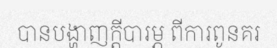
បានបង្ហាញក្តីបារម្ភ ពីការពូនគរ